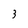
Character: 3